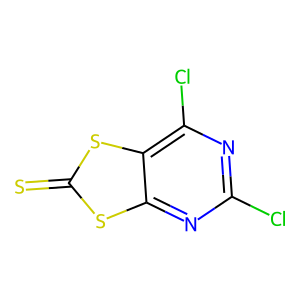
SMILES: S=c1sc2nc(Cl)nc(Cl)c2s1
Inhibits HIV replication: No